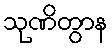
သုဏိတွာန